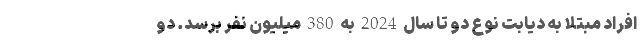
افراد مبتلا به دیابت نوع دو تا سال 2024 به 380 میلیون نفر برسد. دو